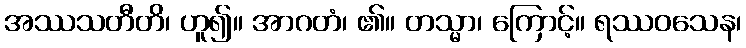
အဿသတီတိ၊ ဟူ၍။ အာဂတံ၊ ၏။ တသ္မာ၊ ကြောင့်။ ရဿဝသေန၊